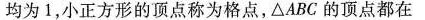
均为1，小正方形的顶点称为格点，△ABC的顶点都在